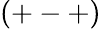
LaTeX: (+-+)